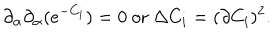
\partial _ { \alpha } \partial _ { \alpha } ( e ^ { - C _ { i } } ) = 0 ~ \mathrm { o r } ~ \Delta C _ { i } = ( \partial C _ { i } ) ^ { 2 } .